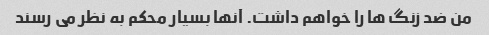
من ضد زنگ ها را خواهم داشت. آنها بسیار محکم به نظر می رسند